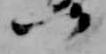
つ